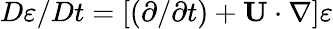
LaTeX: D\varepsilon/Dt=[(\partial/\partial t)+{\mathbf{U}}\cdot\nabla]\varepsilon